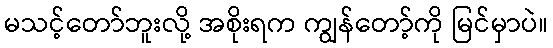
မသင့်တော်ဘူးလို့ အစိုးရက ကျွန်တော့်ကို မြင်မှာပဲ။